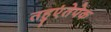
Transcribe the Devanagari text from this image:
तहुएंतेपेक